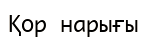
Қор нарығы